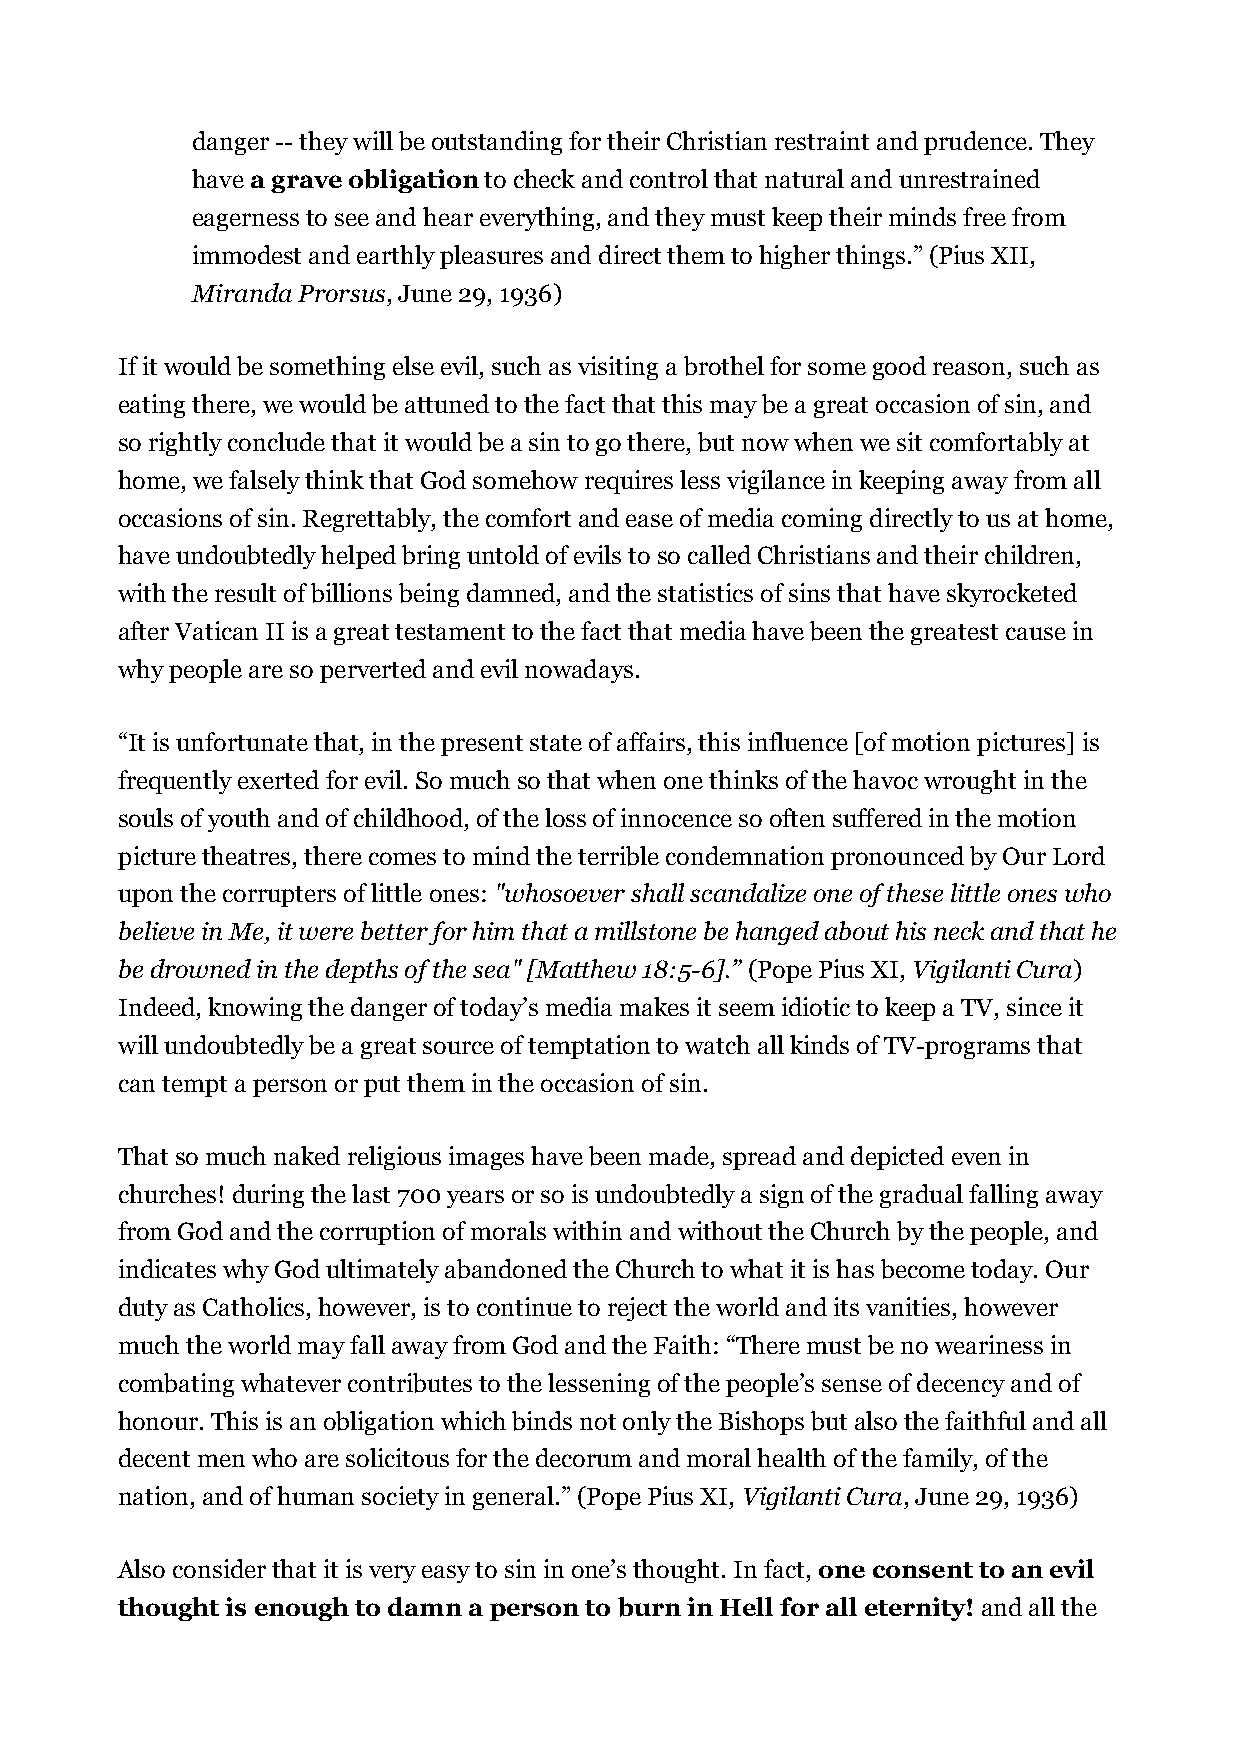
danger -- they will be outstanding for their Christian restraint and prudence. They
 have a grave obligation to check and control that natural and unrestrained
 eagerness to see and hear everything, and they must keep their minds free from
 immodest and earthly pleasures and direct them to higher things.” (Pius XII,
 Miranda Prorsus, June 29, 1936)
 If it would be something else evil, such as visiting a brothel for some good reason, such as
 eating there, we would be attuned to the fact that this may be a great occasion of sin, and
 so rightly conclude that it would be a sin to go there, but now when we sit comfortably at
 home, we falsely think that God somehow requires less vigilance in keeping away from all
 occasions of sin. Regrettably, the comfort and ease of media coming directly to us at home,
 have undoubtedly helped bring untold of evils to so called Christians and their children,
 with the result of billions being damned, and the statistics of sins that have skyrocketed
 after Vatican II is a great testament to the fact that media have been the greatest cause in
 why people are so perverted and evil nowadays.
 “It is unfortunate that, in the present state of affairs, this influence [of motion pictures] is
 frequently exerted for evil. So much so that when one thinks of the havoc wrought in the
 souls of youth and of childhood, of the loss of innocence so often suffered in the motion
 picture theatres, there comes to mind the terrible condemnation pronounced by Our Lord
 upon the corrupters of little ones: "whosoever shall scandalize one of these little ones who
 believe in Me, it were better for him that a millstone be hanged about his neck and that he
 be drowned in the depths of the sea" [Matthew 18:5-6].” (Pope Pius XI, Vigilanti Cura)
 Indeed, knowing the danger of today’s media makes it seem idiotic to keep a TV, since it
 will undoubtedly be a great source of temptation to watch all kinds of TV-programs that
 can tempt a person or put them in the occasion of sin.
 That so much naked religious images have been made, spread and depicted even in
 churches! during the last 700 years or so is undoubtedly a sign of the gradual falling away
 from God and the corruption of morals within and without the Church by the people, and
 indicates why God ultimately abandoned the Church to what it is has become today. Our
 duty as Catholics, however, is to continue to reject the world and its vanities, however
 much the world may fall away from God and the Faith: “There must be no weariness in
 combating whatever contributes to the lessening of the people’s sense of decency and of
 honour. This is an obligation which binds not only the Bishops but also the faithful and all
 decent men who are solicitous for the decorum and moral health of the family, of the
 nation, and of human society in general.” (Pope Pius XI, Vigilanti Cura, June 29, 1936)
 Also consider that it is very easy to sin in one’s thought. In fact, one consent to an evil
 thought is enough to damn a person to burn in Hell for all eternity! and all the